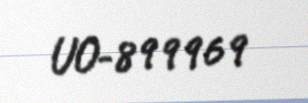
UO-899969